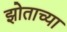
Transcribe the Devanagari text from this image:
झोताच्या